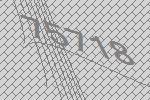
75718